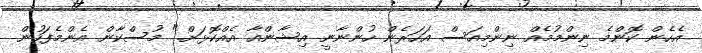
އެހެން ކޮންމެ ނިންމުމެއް ނިންމިއަސް އަހަރެން ހުންނާނީ އިޝާންއާ އެއްކޮޅަށް." މުސްކާން އެންމެފަހުން